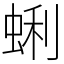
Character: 蜊